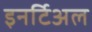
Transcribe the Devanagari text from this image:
इनर्टिअल